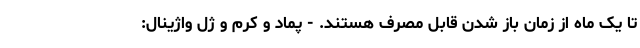
تا یک ماه از زمان باز شدن قابل مصرف هستند. - پماد و کرم و ژل واژینال: